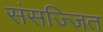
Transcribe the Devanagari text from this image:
संसज्जित